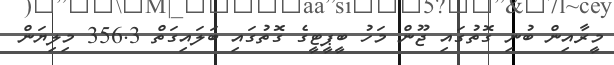
މީރާއިން ބުނި ގޮތުގައި ޖޫން މަހު ބީޕީޓީގެ ގޮތުގައި ބަލައިގަތް 356.3 މިލިޔަން